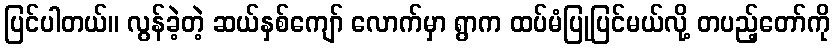
ပြင်ပါတယ်။ လွန်ခဲ့တဲ့ ဆယ်နှစ်ကျော် လောက်မှာ ရွာက ထပ်မံပြုပြင်မယ်လို့ တပည့်တော်ကို